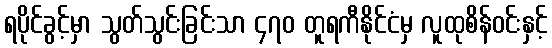
ရပိုင်ခွင့်မှာ သွတ်သွင်းခြင်းသာ ၄၇၀ တူရကီနိုင်ငံမှ လူထုစိန်ဝင်းနှင့်